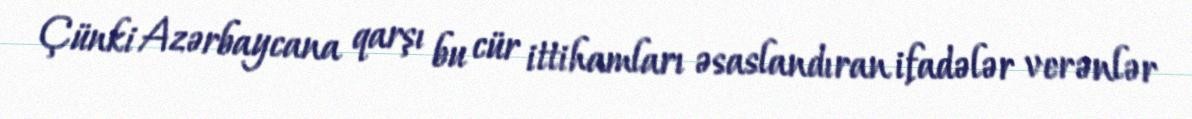
Çünki Azərbaycana qarşı bu cür ittihamları əsaslandıran ifadələr verənlər